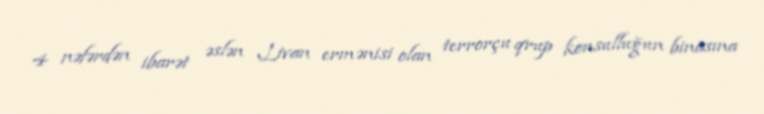
4 nəfərdən ibarət əslən Livan ermənisi olan terrorçu qrup konsulluğun binasına